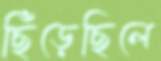
ছিঁড়েছিলে